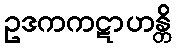
ဥဒကကဋာဟန္တိ